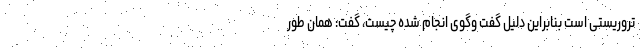
تروریستی است بنابراین دلیل گفت وگوی انجام شده چیست، گفت: همان طور